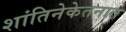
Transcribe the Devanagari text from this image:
शांतिनेकेतनात